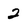
Character: 2